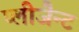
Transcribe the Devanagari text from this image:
प्लीजैन्ट